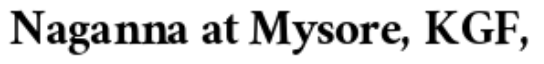
Naganna at Mysore, KGF,